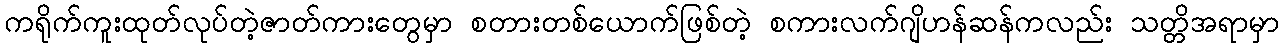
ကရိုက်ကူးထုတ်လုပ်တဲ့ဇာတ်ကားတွေမှာ စတားတစ်ယောက်ဖြစ်တဲ့ စကားလက်ဂျိဟန်ဆန်ကလည်း သတ္တိအရာမှာ